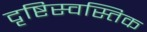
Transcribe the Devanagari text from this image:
दृष्टिस्वस्तिक